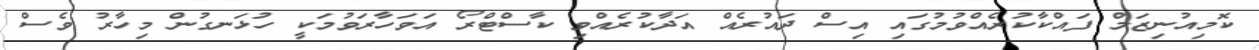
ކޮމިއުނިޒަމް ފައްކާކުރެއްވުމުގައި އިސް ދައުރެއް އަދާކުރެއްވި ކާސްޓްރޯ އަވަހާރަވުމަކީ ހުޅަނގުން މިހާރު ވެސް